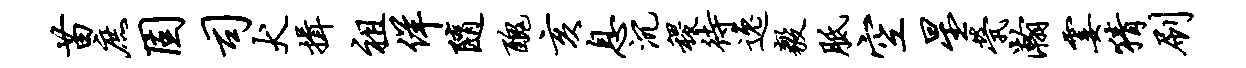
苗庶固司犬揖祖佯随丑亥息沉稷待逸毅胝空星茕瀚霎猜刷